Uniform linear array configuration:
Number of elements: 64
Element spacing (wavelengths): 0.5
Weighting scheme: hamming
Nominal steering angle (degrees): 0
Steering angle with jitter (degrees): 0.7249
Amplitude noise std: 0.05
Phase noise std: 0.05

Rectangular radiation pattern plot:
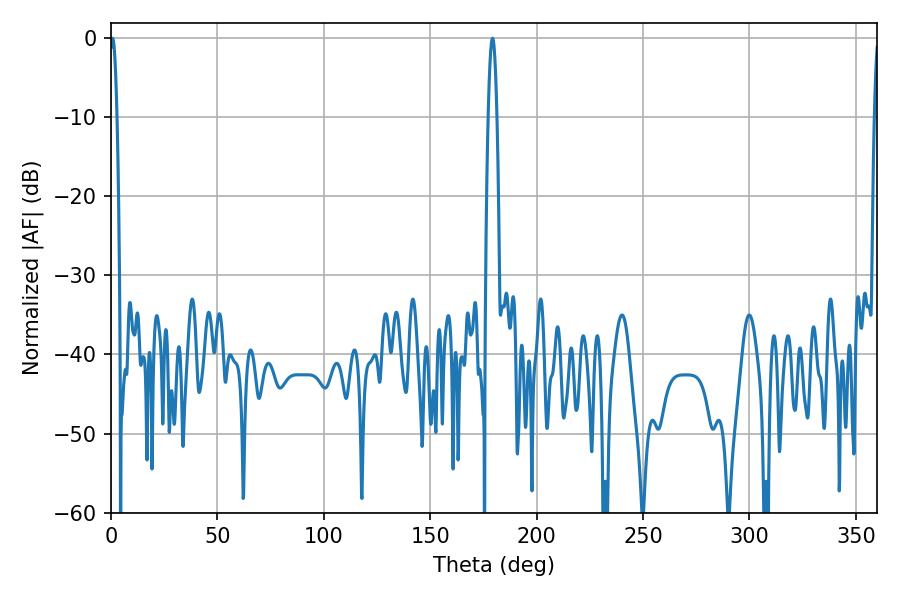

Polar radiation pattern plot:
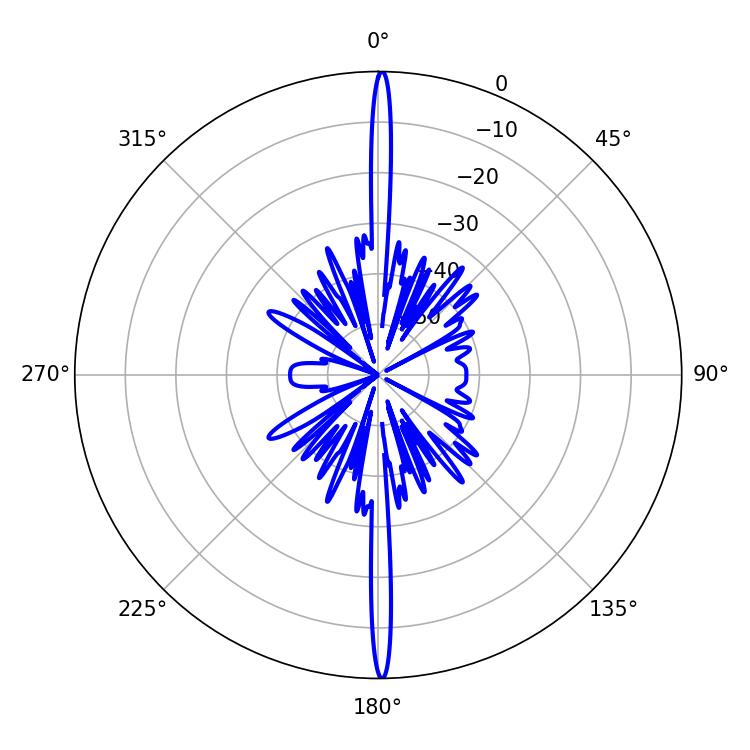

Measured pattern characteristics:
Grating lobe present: FALSE
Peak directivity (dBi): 32.417
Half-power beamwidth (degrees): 1.8
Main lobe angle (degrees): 0.72